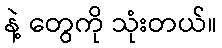
နဲ့ တွေကို သုံးတယ်။